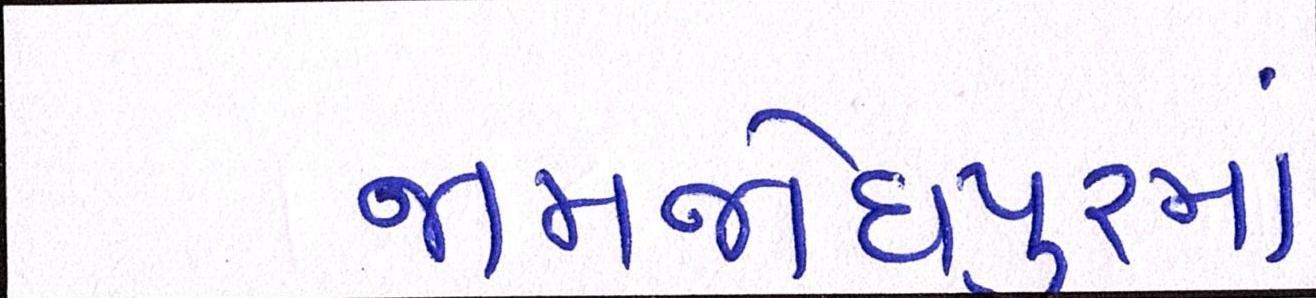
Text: જામજોધપુરમાં